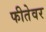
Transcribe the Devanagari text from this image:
फीतेवर